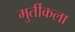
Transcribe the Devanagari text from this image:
मुर्तीकला